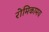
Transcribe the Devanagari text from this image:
रोमिकामय